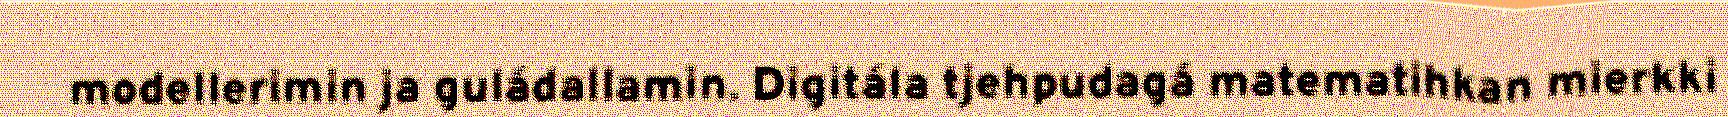
modellerimin ja guládallamin. Digitála tjehpudagá matematihkan mierkki